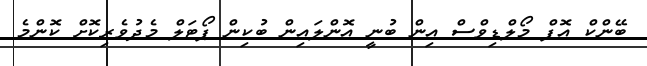
ބޭންކް އޮފް މޯލްޑިވްސް އިން ބުނީ އޮންލައިން ބުކިން ޕޯޓަލް މެދުވެރިކޮށް ކޮންމެ